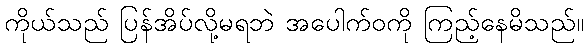
ကိုယ်သည် ပြန်အိပ်လို့မရဘဲ အပေါက်ဝကို ကြည့်နေမိသည်။